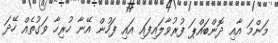
މަންމަ އާއި ދޮންބައްޕަ ފުރުވާލައިފައި އައި ފަހުން އޭނާ ހުރިހާ ވަގުތެއް ހޭދަ